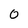
Character: 0